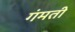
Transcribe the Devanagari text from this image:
गंमती